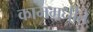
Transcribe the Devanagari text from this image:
काममधीते